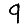
Digit: 9